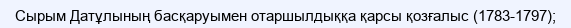
Сырым Датұлының басқаруымен отаршылдыққа қарсы қозғалыс (1783-1797);